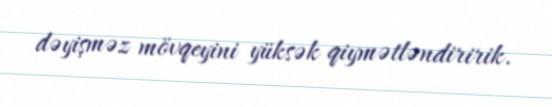
dəyişməz mövqeyini yüksək qiymətləndiririk.